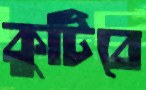
কুটিবে